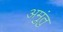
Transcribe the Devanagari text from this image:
अमुंतु